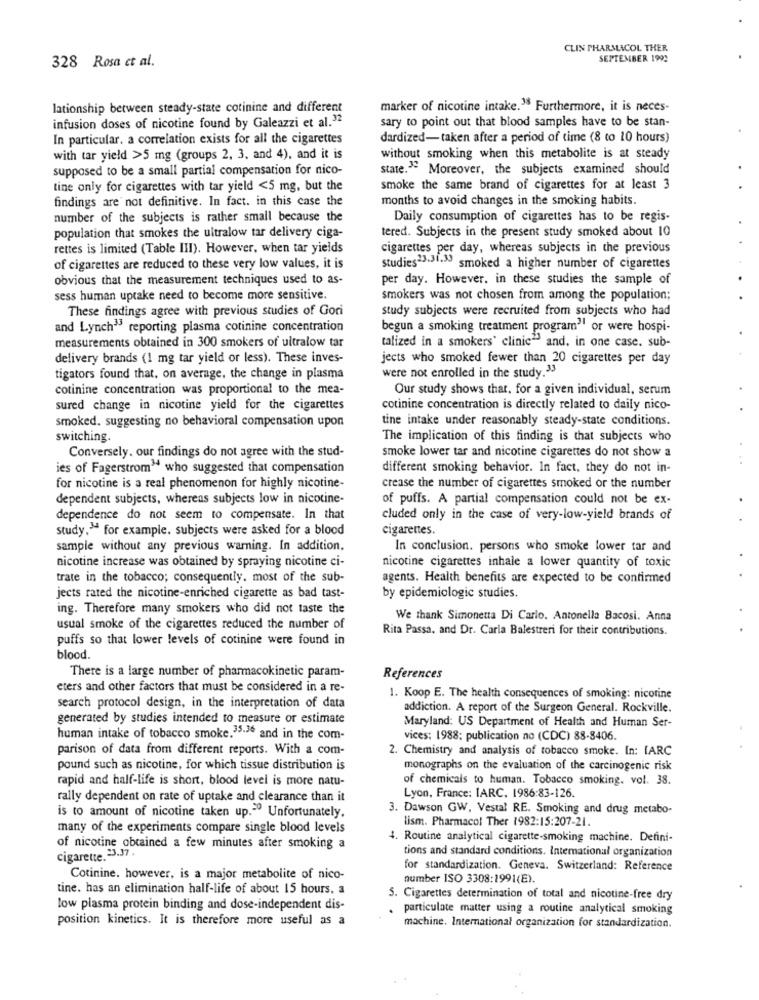
CLIN PHARMACOL THER
328 Rosa et al.
SEPTEMBER 1992
lationship between steady-state cotinine and different
marker of nicotine intake.38 Furthermore, it is neces-
infusion doses of nicotine found by Galeazzi et al.32
sary to point out that blood samples have to be stan-
In particular. a correlation exists for all the cigarettes
dardized-taken after a period of time (8 to 10 hours)
with tar yield >5 mg (groups 2, 3, and 4), and it is
without smoking when this metabolite is at steady
supposed to be a small partial compensation for nico-
state." Moreover, the subjects examined should
tine only for cigarettes with tar yield <5 mg, but the
smoke the same brand of cigarettes for at least 3
findings are not definitive. In fact. in this case the
months to avoid changes in the smoking habits.
number of the subjects is rather small because the
Daily consumption of cigarettes has to be regis-
tered. Subjects in the present study smoked about 10
population that smokes the ultralow tar delivery ciga-
rettes is limited (Table III). However, when tar yields
cigarettes per day, whereas subjects in the previous
of cigarettes are reduced to these very low values, it is
studies"3.31-> smoked a higher number of cigarettes
obvious that the measurement techniques used to as-
per day. However, in these studies the sample of
sess human uptake need to become more sensitive.
smokers was not chosen from among the population;
These findings agree with previous studies of Gori
study subjects were recruited from subjects who had
and Lynch" reporting plasma cotinine concentration
begun a smoking treatment program" or were hospi-
measurements obtained in 300 smokers of ultralow tar
talized in a smokers' clinic" and, in one case. sub-
delivery brands (1 mg tar yield or less). These inves-
jects who smoked fewer than 20 cigarettes per day
were not enrolled in the study.33
tigators found that, on average, the change in plasma
cotinine concentration was proportional to the mea-
Our study shows that, for a given individual, serum
sured change in nicotine yield for the cigarettes
cotinine concentration is directly related to daily nico-
smoked. suggesting no behavioral compensation upon
tine intake under reasonably steady-state conditions.
switching.
The implication of this finding is that subjects who
Conversely. our findings do not agree with the stud-
smoke lower tar and nicotine cigarettes do not show a
ies of Fagerstrom" who suggested that compensation
different smoking behavior. In fact, they do not in-
for nicotine is a real phenomenon for highly nicotine-
crease the number of cigarettes smoked or the number
dependent subjects, whereas subjects low in nicotine-
of puffs. A partial compensation could not be ex-
dependence do not seem to compensate. In that
cluded only in the case of very-low-yield brands of
study. for example. subjects were asked for a blood
cigarettes.
sample without any previous warning. In addition,
In conclusion. persons who smoke lower tar and
nicotine increase was obtained by spraying nicotine ci-
nicotine cigarettes inhale a lower quantity of toxic
trate in the tobacco; consequently. most of the sub-
agents. Health benefits are expected to be confirmed
jects rated the nicotine-enriched cigarette as bad tast-
by epidemiologic studies.
ing. Therefore many smokers who did not taste the
We thank Simonetta Di Carlo. Antonella Bacosi. Anna
usual smoke of the cigarettes reduced the number of
Rita Passa, and Dr. Carla Balestreri for their contributions.
puffs so that lower levels of cotinine were found in
blood.
There is a large number of pharmacokinetic param-
References
eters and other factors that must be considered in a re-
1. Koop E. The health consequences of smoking: nicotine
search protocol design, in the interpretation of data
addiction. A report of the Surgeon General. Rockville.
generated by studies intended to measure or estimate
Maryland: US Department of Health and Human Ser-
human intake of tobacco smoke.35.30 and in the com-
vices; 1988: publication no (CDC) 88-8406.
parison of data from different reports. With a com-
2. Chemistry and analysis of tobacco smoke. In: [ARC
pound such as nicotine, for which tissue distribution is
monographs on the evaluation of the carcinogenic risk
rapid and half-life is short, blood level is more natu-
of chemicals to human. Tobacco smoking. vol. 38.
rally dependent on rate of uptake and clearance than it
Lyon, France: IARC. 1986:83-126.
3. Dawson GW, Vestal RE. Smoking and drug metabo-
is to amount of nicotine taken up." Unfortunately,
lism. Pharmacol Ther 1982:15:207-21.
many of the experiments compare single blood levels
4. Routine analytical cigarette-smoking machine. Defini-
of nicotine obtained a few minutes after smoking a
tions and standard conditions. International organization
cigarette. 23.37.
for standardization. Geneva. Switzerland: Reference
Cotinine. however, is a major metabolite of nico-
number ISO 3308:1991(E).
tine. has an elimination half-life of about 15 hours, a
5. Cigarettes determination of total and nicotine-free dry
low plasma protein binding and dose-independent dis-
particulate matter using a routine analytical smoking
position kinetics. It is therefore more useful as a
machine, International organization for standardization.